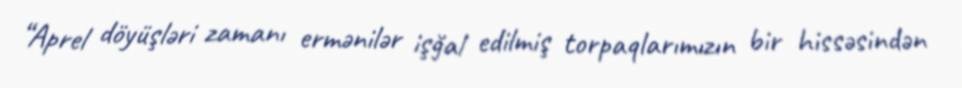
“Aprel döyüşləri zamanı ermənilər işğal edilmiş torpaqlarımızın bir hissəsindən